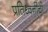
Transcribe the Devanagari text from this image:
प्रतिध्वनींची